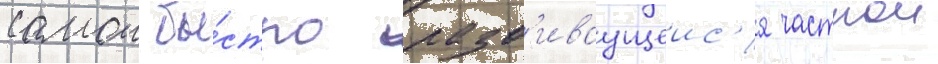
самои бы́стро разв'иваущеис'я частнои